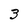
Character: 3